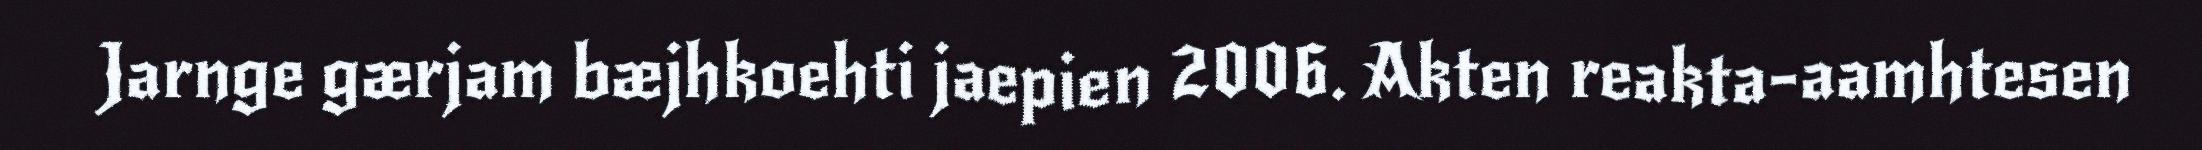
Jarnge gærjam bæjhkoehti jaepien 2006. Akten reakta-aamhtesen